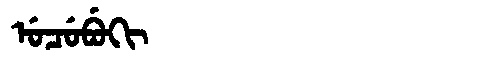
Manchu: ᡠᠴᡠᠪᡠᡴᡳ
Romanization: UCUBUKI